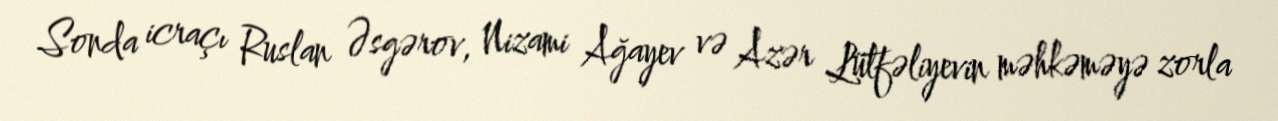
Sonda icraçı Ruslan Əsgərov, Nizami Ağayev və Azər Lütfəliyevin məhkəməyə zorla